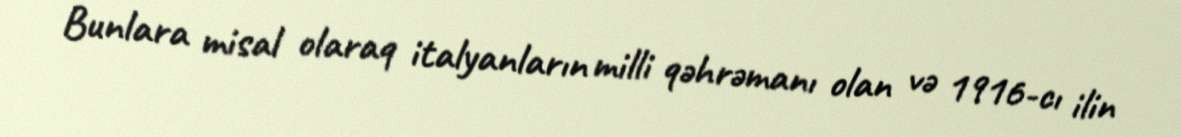
Bunlara misal olaraq italyanların milli qəhrəmanı olan və 1916-cı ilin